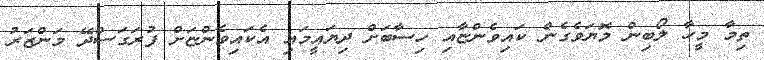
ތިމާ މީހާ ލޯބިން މޮޔަވެގެން ކައިވެންޏާއި ހިސާބަށް ދިޔައީމައި އެކައިވެންޏަށް ފުރަގަސްދޭ މަންޒަރު